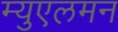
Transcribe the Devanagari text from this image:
म्युएलमन